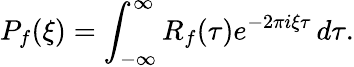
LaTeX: P_{f}(\xi)=\int_{-\infty}^{\infty}R_{f}(\tau)e^{-2\pi i\xi\tau}\, d\tau.